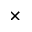
\times